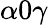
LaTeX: \alpha 0\gamma